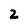
Character: 2